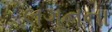
લગૂનના